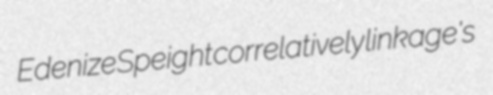
Edenize Speight correlatively linkage's